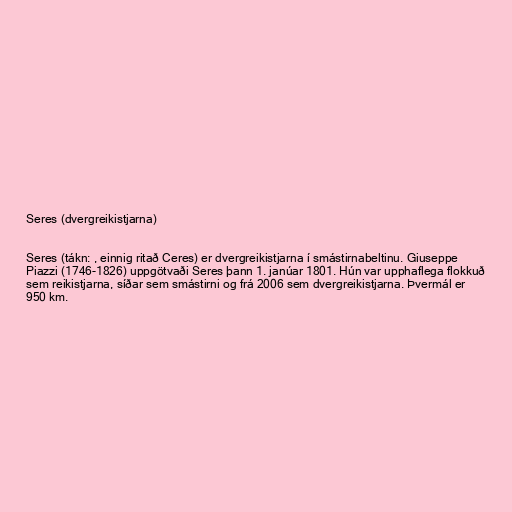
Seres (dvergreikistjarna)

Seres (tákn: , einnig ritað Ceres) er dvergreikistjarna í smástirnabeltinu. Giuseppe
Piazzi (1746-1826) uppgötvaði Seres þann 1. janúar 1801. Hún var upphaflega flokkuð
sem reikistjarna, síðar sem smástirni og frá 2006 sem dvergreikistjarna. Þvermál er
950 km.